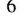
6